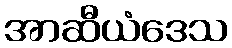
အာဆီယံဒေသ